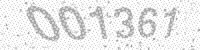
Solution: 001361